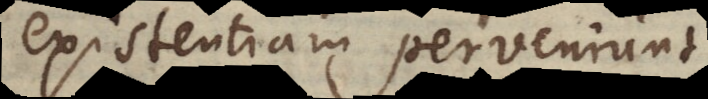
existentiam perveniunt.